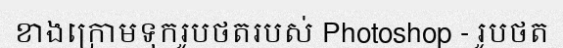
ខាងក្រោមទុករូបថតរបស់ Photoshop - រូបថត